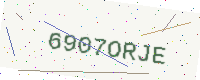
Text: 6907ORJE